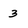
Character: 3